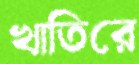
খাতিরে